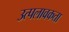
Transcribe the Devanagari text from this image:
उत्पलावकता